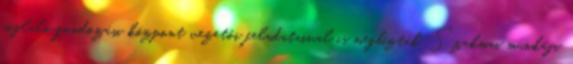
foglaló gondozási központ vezetői feladataival is megbízták. Szakmai munkája